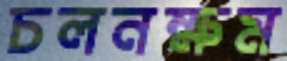
চলনক্ষম